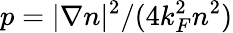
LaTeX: p=|\nabla n|^{2}/(4k_{F}^{2}n^{2})